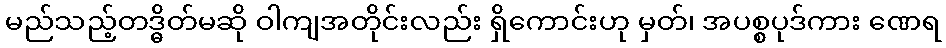
မည်သည့်တဒ္ဓိတ်မဆို ဝါကျအတိုင်းလည်း ရှိကောင်းဟု မှတ်၊ အပစ္စပုဒ်ကား ဏေရ